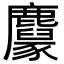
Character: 𪋱